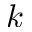
k